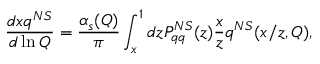
\frac { d x q ^ { N S } } { d \ln Q } = \frac { \alpha _ { s } ( Q ) } { \pi } \int _ { x } ^ { 1 } d z P _ { q q } ^ { N S } ( z ) \frac { x } { z } q ^ { N S } ( x / z , Q ) ,